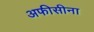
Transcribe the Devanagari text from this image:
अफीसीना